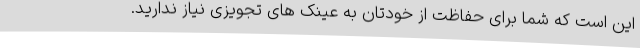
این است که شما برای حفاظت از خودتان به عینک های تجویزی نیاز ندارید.